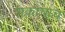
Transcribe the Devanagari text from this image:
शकाचाच